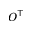
O ^ { \top }